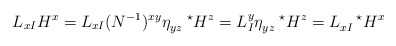
\begin{align*}L_{x I} H^x = L_{xI} (N^{-1})^{ xy} \eta_{yz} ^{\ \ \ \star}H^z=L^y_I \eta_{yz} ^{\ \ \ \star}H^z= L_{xI} ^{\ \ \ \star}H^x\end{align*}